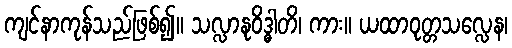
ကျင်နာကုန်သည်ဖြစ်၍။ သလ္လာနုဝိဒ္ဓါတိ၊ ကား။ ယထာဝုတ္တသလ္လေန၊